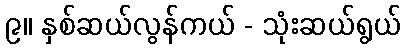
၉။ နှစ်ဆယ်လွန်ကယ် - သုံးဆယ်ရွယ်